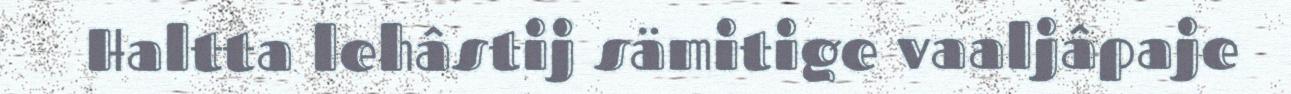
Haltta lehâstij sämitige vaaljâpaje